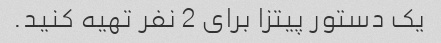
یک دستور پیتزا برای 2 نفر تهیه کنید.